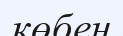
көбен